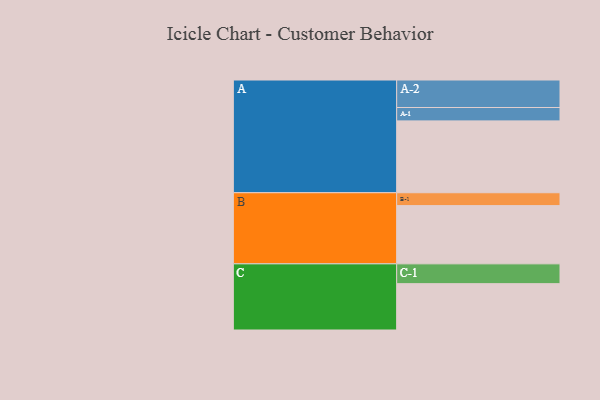
{"axis": {"x": "Segment", "y": "Value"}, "legend": ["", "A", "B", "C"], "data": [{"x": "A", "y": 580, "type": ""}, {"x": "B", "y": 470, "type": ""}, {"x": "C", "y": 374, "type": ""}, {"x": "A-1", "y": 108, "type": "A"}, {"x": "A-2", "y": 222, "type": "A"}, {"x": "B-1", "y": 104, "type": "B"}, {"x": "C-1", "y": 160, "type": "C"}]}